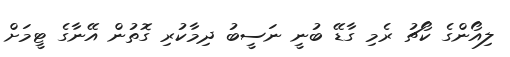
ލިއޯންގެ ކޯޗު ރެމި ގާޑޭ ބުނީ ނަސީބު ދިމާކުރި ގޮތުން އޭނާގެ ޓީމަށް